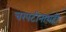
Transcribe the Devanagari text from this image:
चरपटीनाथही